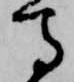
馬